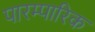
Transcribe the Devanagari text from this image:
पारम्पारिक